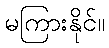
မကြားနိုင်။